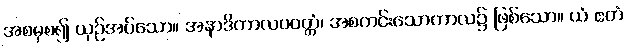
အစမှစ၍ ယှဉ်အပ်သော။ အနာဒိကာလပဝတ္တံ၊ အစကင်းသောကာလ၌ ဖြစ်သော။ ယံ ဧတံ